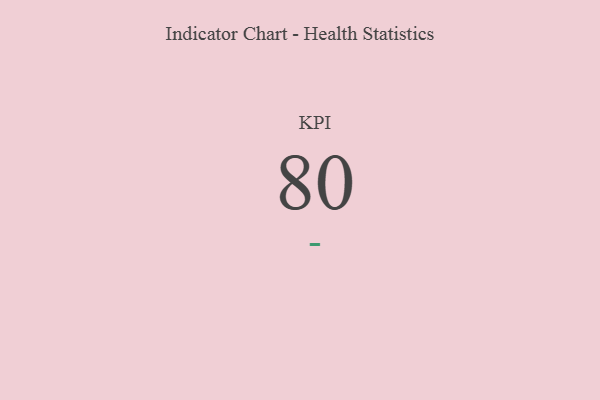
{"axis": {"x": "KPI", "y": "Value"}, "legend": [""], "data": [{"x": "KPI", "y": 80, "type": ""}]}